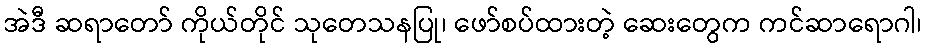
အဲဒီ ဆရာတော် ကိုယ်တိုင် သုတေသနပြု၊ ဖော်စပ်ထားတဲ့ ဆေးတွေက ကင်ဆာရောဂါ၊